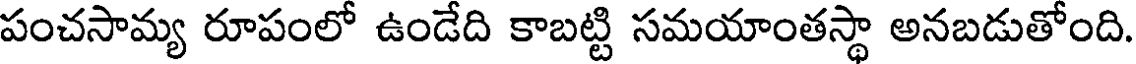
పంచసామ్య రూపంలో ఉండేది కాబట్టి సమయాంతస్థా అనబడుతోంది